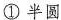
① 半圆